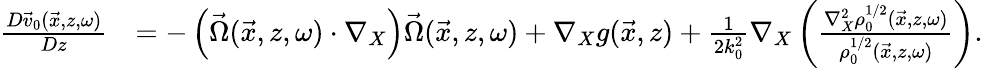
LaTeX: \begin{array}{rl}{\frac{D\vec{v}_{0}(\vec{x},z,\omega)}{Dz}}&{=-\left(\vec{\Omega}(\vec{x},z,\omega)\cdot\nabla_{X}\right)\vec{\Omega}(\vec{x},z,\omega)+\nabla_{X}g(\vec{x},z)+\frac{1}{2k_{0}^{2}}\nabla_{X}\left(\frac{\nabla_{X}^{2}\rho_{0}^{1/2}(\vec{x},z,\omega)}{\rho_{0}^{1/2}(\vec{x},z,\omega)}\right).}\end{array}